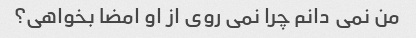
من نمی دانم چرا نمی روی از او امضا بخواهی؟